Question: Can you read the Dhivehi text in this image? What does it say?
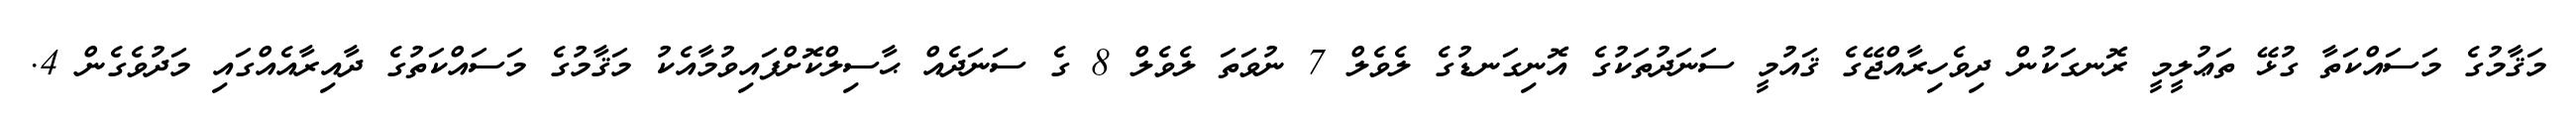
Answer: މަޤާމުގެ މަސައްކަތާ ގުޅޭ ތަޢުލީމީ ރޮނގަކުން ދިވެހިރާއްޖޭގެ ޤައުމީ ސަނަދުތަކުގެ އޮނިގަނޑުގެ ލެވެލް 7 ނުވަތަ ލެވެލް 8 ގެ ސަނަދެއް ޙާސިލްކޮށްފައިވުމާއެކު މަޤާމުގެ މަސައްކަތުގެ ދާއިރާއެއްގައި މަދުވެގެން 4.